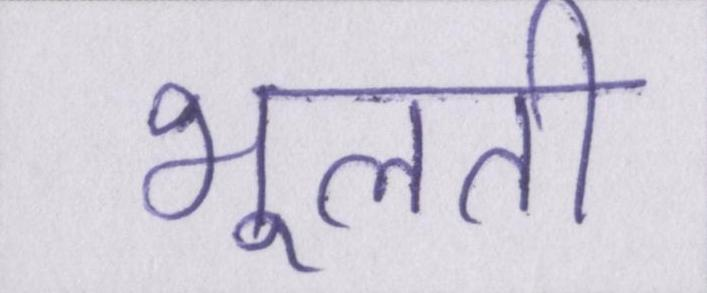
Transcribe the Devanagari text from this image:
भूलती